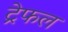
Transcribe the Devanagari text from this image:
ट्रेफल